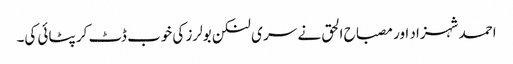
احمد شہزاد اور مصباح الحق نے سر ی لنکن بولرز کی خوب ڈٹ کر پٹائی کی۔